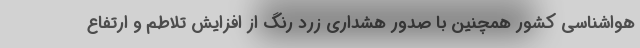
هواشناسی کشور همچنین با صدور هشداری زرد رنگ از افزایش تلاطم و ارتفاع